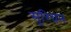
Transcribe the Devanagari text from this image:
सुरियन